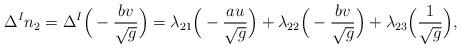
LaTeX: \begin{align*} \Delta ^{I}n_{2}=\Delta ^{I}\Big(-\frac{bv}{\sqrt{g}}\Big)=\lambda _{21}\Big(-\frac{au}{\sqrt{g}}\Big)+\lambda _{22}\Big(-\frac{bv}{\sqrt{g}}\Big)+\lambda _{23}\Big(\frac{1}{\sqrt{g}}\Big),\end{align*}